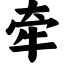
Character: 牵